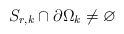
\begin{align*} S_{r,k} \cap \partial \Omega_k \not= \varnothing \end{align*}